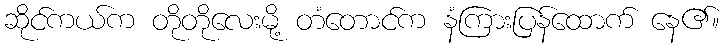
ဆိုင်ကယ်က တိုတိုလေးမို့ တံတောင်က နံကြားပြန်ထောက် နေ၏။